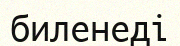
биленеді